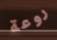
روعة